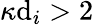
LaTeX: \kappa\mathrm{d}_{i}>2